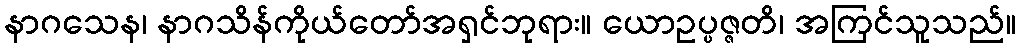
နာဂသေန၊ နာဂသိန်ကိုယ်တော်အရှင်ဘုရား။ ယောဥပ္ပဇ္ဇတိ၊ အကြင်သူသည်။